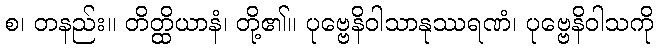
စ၊ တနည်း။ တိတ္ထိယာနံ၊ တို့၏။ ပုဗ္ဗေနိဝါသာနုဿရဏံ၊ ပုဗ္ဗေနိဝါသကို